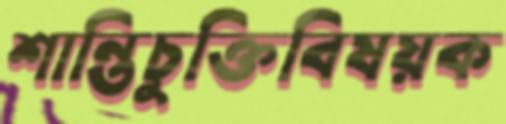
শান্তিচুক্তিবিষয়ক